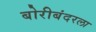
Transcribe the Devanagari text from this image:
बोरीबंदरला